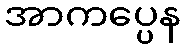
အာကပ္ပေန